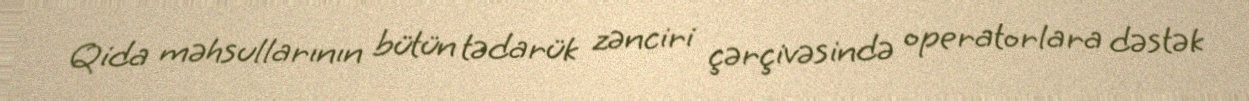
Qida məhsullarının bütün tədarük zənciri çərçivəsində operatorlara dəstək